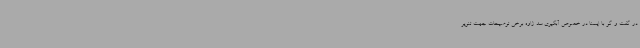
در گفت و گو با ایسنا در خصوص آبگیری سد ژاوه برخی توضیحات جهت تنویر